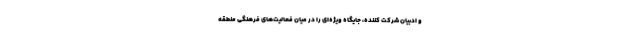
و ادبیان شرکت کننده، جایگاه ویژه‌ای را در میان فعالیت‌های فرهنگی منطقه